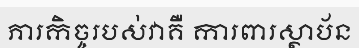
ភារកិច្ចរបស់វាគឺ ការពារស្ថាប័ន